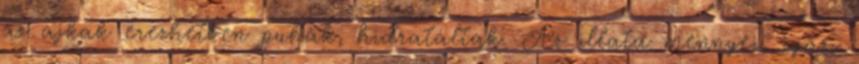
az ajkak érezhetően puhák, hidratáltak. Az illata mennyei, igazi